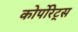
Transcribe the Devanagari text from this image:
कोर्पोरेट्स